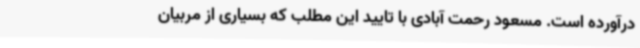
درآورده است. مسعود رحمت آبادی با تایید این مطلب که بسیاری از مربیان